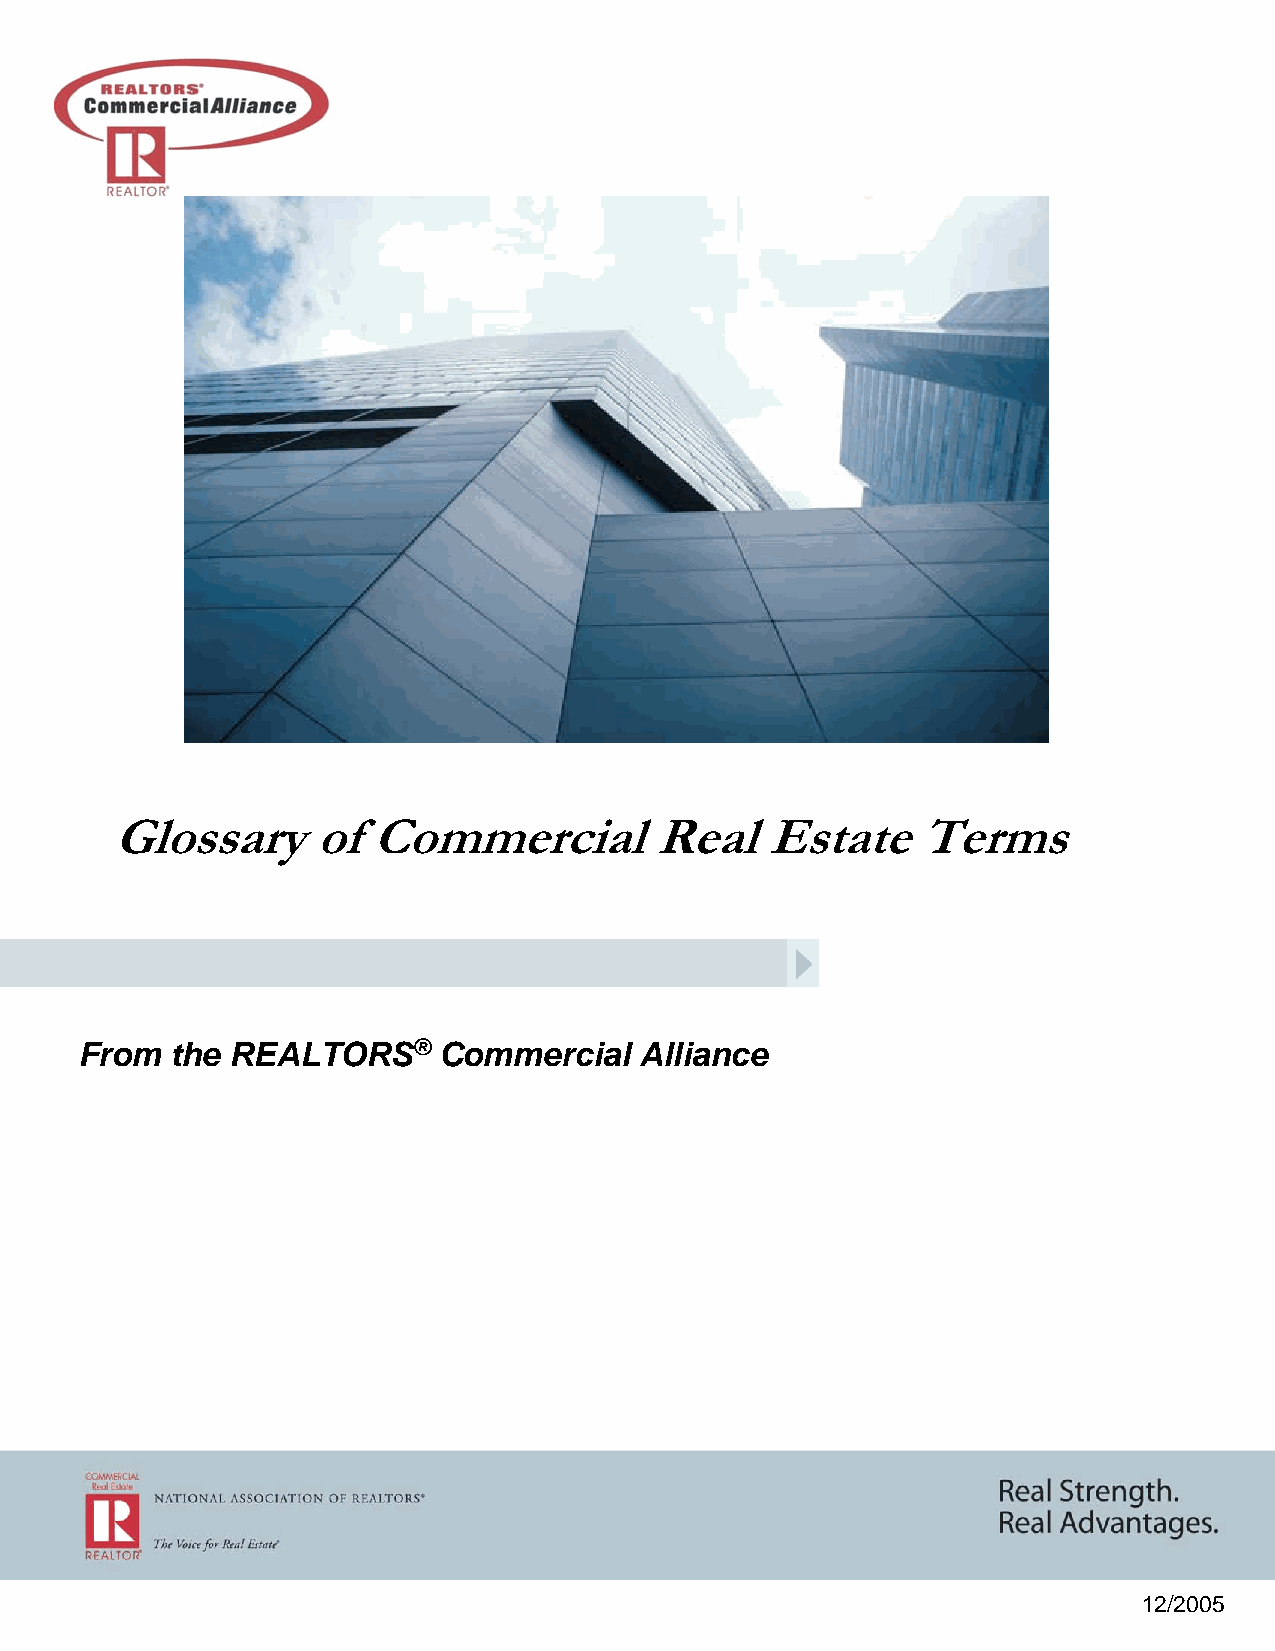
Glossary      of Commercial         Real    Estate    Terms
 From  the REALTORS®     Commercial   Alliance
 12/2005